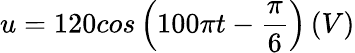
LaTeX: u=120cos\left(100\pi t-\frac{\pi}{6}\right)\left(V\right)